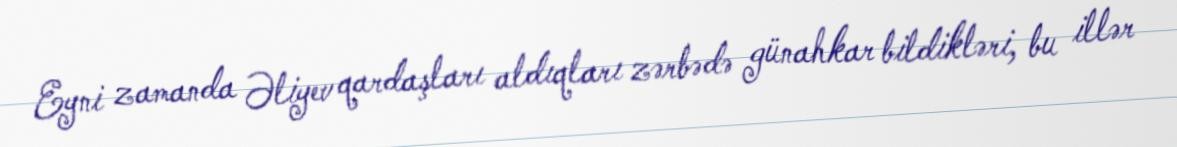
Eyni zamanda Əliyev qardaşları aldıqları zərbədə günahkar bildikləri, bu illər